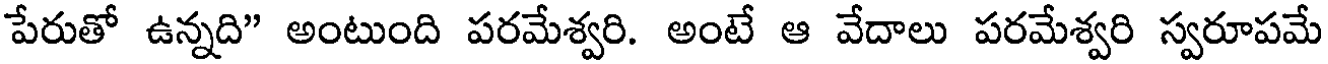
పేరుతో ఉన్నది" అంటుంది పరమేశ్వరి. అంటే ఆ వేదాలు పరమేశ్వరి స్వరూపమే